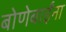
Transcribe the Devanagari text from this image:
बोणेबाईंना